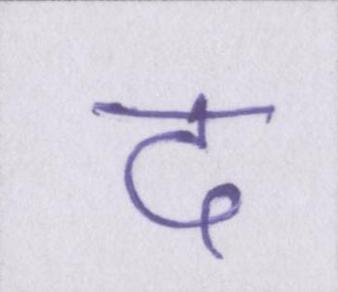
द